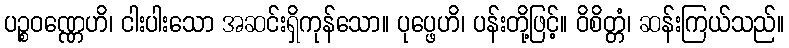
ပဉ္စဝဏ္ဏေဟိ၊ ငါးပါးသော အဆင်းရှိကုန်သော။ ပုပ္ဖေဟိ၊ ပန်းတို့ဖြင့်။ ဝိစိတ္တံ၊ ဆန်းကြယ်သည်။